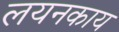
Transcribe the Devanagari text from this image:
लयनकाय